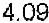
4.09